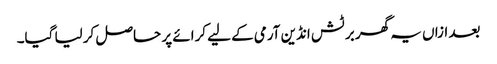
بعد ازاں یہ گھر برٹش انڈین آرمی کے لیے کرائے پر حاصل کر لیا گیا۔